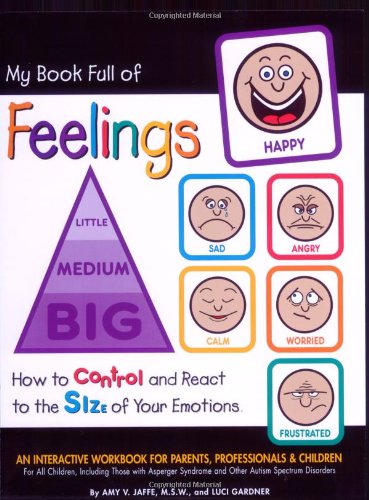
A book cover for My Book Full of Feelings: How to Control and React to the Size of Your Emotions; Amy Jaffe and Luci Gardner; Education & Teaching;